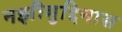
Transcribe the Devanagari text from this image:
नझीमुद्दिनास